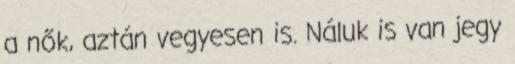
a nők, aztán vegyesen is. Náluk is van jegy